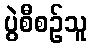
ပွဲစီစဉ်သူ